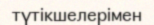
түтікшелерімен